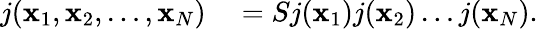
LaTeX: \begin{array}{rl}{j(\mathbf{x}_{1},\mathbf{x}_{2},\ldots,\mathbf{x}_{N})}&{{}=Sj(\mathbf{x}_{1})j(\mathbf{x}_{2})\ldots{}j(\mathbf{x}_{N}).}\end{array}